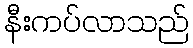
နီးကပ်လာသည်